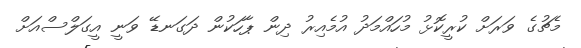
މެޗުގެ ވަރަށް ކުރީކޮޅު މުހައްމަދު އުމެއިރު ދިން ޕާހަކުން ދަގަނޑޭ ވަނީ އީގަލްސްއަށް